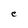
Character: e